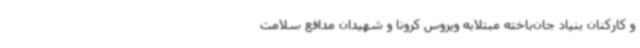
و کارکنان بنیاد جان‌باخته مبتلابه ویروس کرونا و شهیدان مدافع سلامت